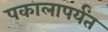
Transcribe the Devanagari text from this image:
पकालापर्यंत